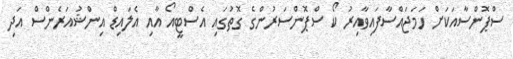
ސްޕޮންސާއަކަށް ހަމަޖައްސާފައިވާއިރު ކޯ ސްޕޮންސަރުންގެ ގޮތުގައި އެސްޓީއޯ އާއި އެލައިޑް އިންޝުއަރެންސް އަދި